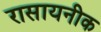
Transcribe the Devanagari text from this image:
रासायनीक